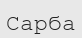
Сарба